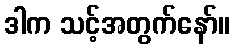
ဒါက သင့်အတွက်နော်။